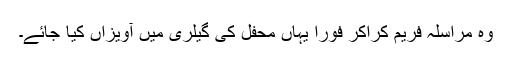
وہ مراسلہ فریم کراکر فوراً یہاں محفل کی گیلری میں آویزاں کیا جائے۔